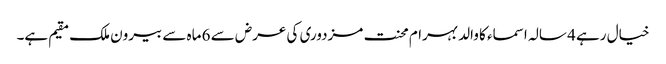
خیال رہے 4 سالہ اسماء کا والد بہرام محنت مزدوری کی عرض سے 6 ماہ سے بیرون ملک مقیم ہے۔